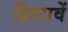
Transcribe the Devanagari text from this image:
हिलावें